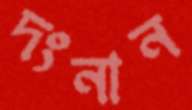
দংনান